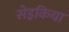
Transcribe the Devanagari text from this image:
सेइकिया